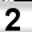
Digit: 2